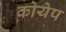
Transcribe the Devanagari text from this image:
कोयेप